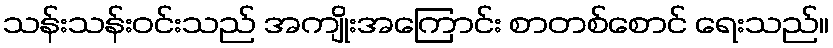
သန်းသန်းဝင်းသည် အကျိုးအကြောင်း စာတစ်စောင် ရေးသည်။